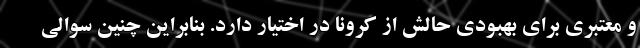
و معتبری برای بهبودی حالش از کرونا در اختیار دارد. بنابراین چنین سوالی